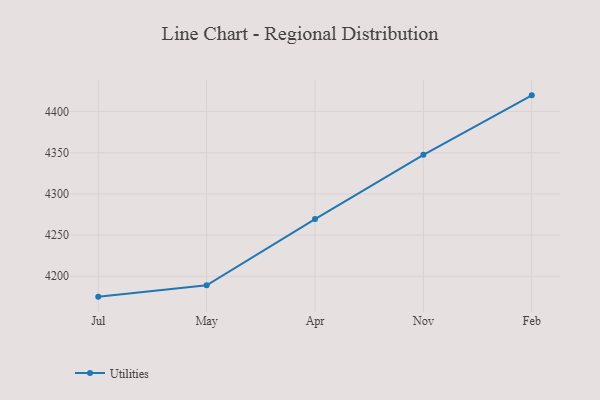
{"axis": {"x": "Month", "y": "Tickets Resolved"}, "legend": ["Utilities"], "data": [{"x": "Jul", "y": 4175.2, "type": "Utilities"}, {"x": "May", "y": 4189.0, "type": "Utilities"}, {"x": "Apr", "y": 4269.5, "type": "Utilities"}, {"x": "Nov", "y": 4347.6, "type": "Utilities"}, {"x": "Feb", "y": 4419.8, "type": "Utilities"}]}